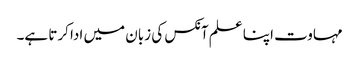
مہاوت اپنا علم آنکس کی زبان میں ادا کرتا ہے۔